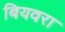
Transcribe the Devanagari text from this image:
बियवरा